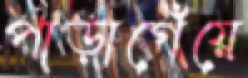
পাড়াগেঁয়ে